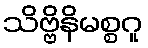
သိဗ္ဗိနိမစ္စဂူ